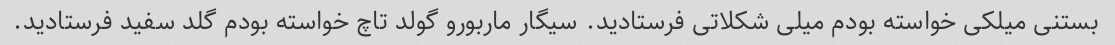
بستنی میلکی خواسته بودم میلی شکلاتی فرستادید. سیگار ماربورو گولد تاچ خواسته بودم گلد سفید فرستادید.